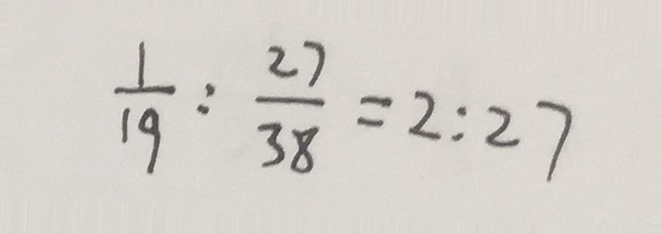
\frac { 1 } { 1 9 } : \frac { 2 7 } { 3 8 } = 2 : 2 7